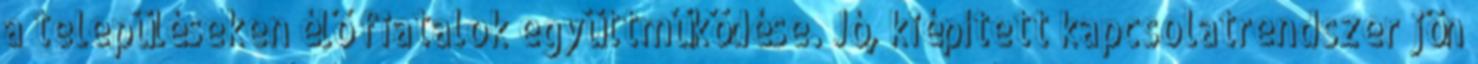
a településeken élő fiatalok együttműködése. Jó, kiépített kapcsolatrendszer jön